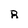
Character: R